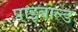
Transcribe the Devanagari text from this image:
पाइबाल्ड